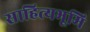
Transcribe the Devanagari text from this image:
साहित्यभूमि